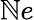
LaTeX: \mathbb{N}e